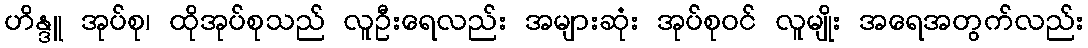
ဟိန္ဒူ အုပ်စု၊ ထိုအုပ်စုသည် လူဦးရေလည်း အများဆုံး အုပ်စုဝင် လူမျိုး အရေအတွက်လည်း